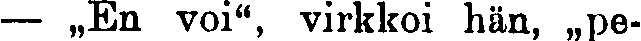
— ,,En voi'', virkkoi hän, ,,pe-